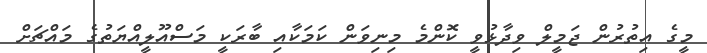
މީގެ އިތުރުން ޖަމީލް ވިދާޅުވީ ކޮންމެ މިނިވަން ކަމަކާއި ބާރަކީ މަސްއޫލީއްޔަތުގެ މައްޗަށް